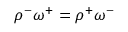
\rho ^ { - } \omega ^ { + } = \rho ^ { + } \omega ^ { - }